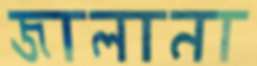
জালানা